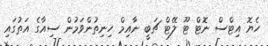
ހެޔޮ އިޓްސް ނޮޓް ޓޫ ލޭޓް ޗަބީ ނާއިމް ހިނިތުންވަމުން ސިއާގެ އަތުގައި